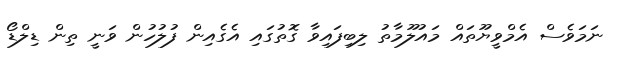
ނަމަވެސް އެމްވީޔޫތައް މައުލޫމާތު ލިބިފައިވާ ގޮތުގައި އެގެއިން ފުލުހުން ވަނީ ތިން ޑިލްޑޯ